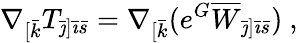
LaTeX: \nabla_{[\bar{k}}T_{{\bar{\jmath}}]{\bar{\imath}}{\bar{s}}}=\nabla_{[\bar{k}}(e^{G}\overline{{{W}}}_{{\bar{\jmath}}]{\bar{\imath}}\bar{s}})\ ,